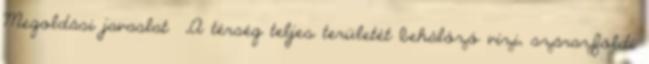
Megoldási javaslat ▪„A térség teljes területét behálózó vízi, szárazföldi